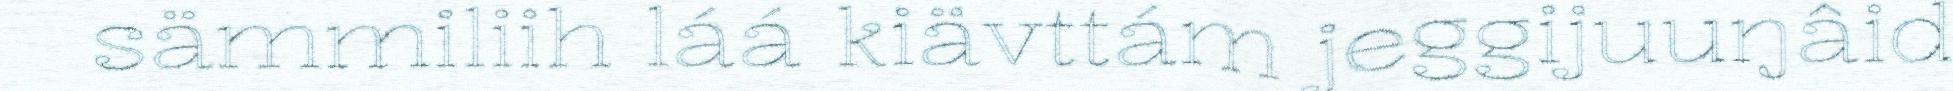
sämmiliih láá kiävttám jeggijuuŋâid